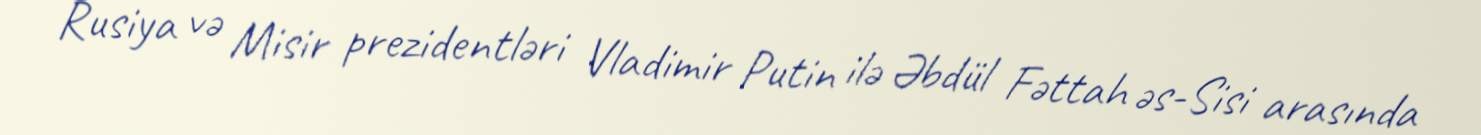
Rusiya və Misir prezidentləri Vladimir Putin ilə Əbdül Fəttah əs-Sisi arasında